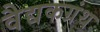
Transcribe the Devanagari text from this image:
वैद्यकग्रंथ